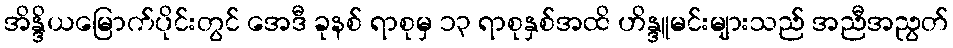
အိန္ဒိယမြောက်ပိုင်းတွင် အေဒီ ခုနစ် ရာစုမှ ၁၃ ရာစုနှစ်အထိ ဟိန္ဒူမင်းများသည် အညီအညွတ်